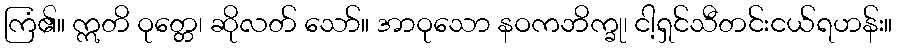
ကြံ၏။ ဣတိ ဝုတ္တေ၊ ဆိုလတ် သော်။ အာဝုသော နဝကဘိက္ခု၊ ငါ့ရှင်သီတင်းငယ်ရဟန်း။